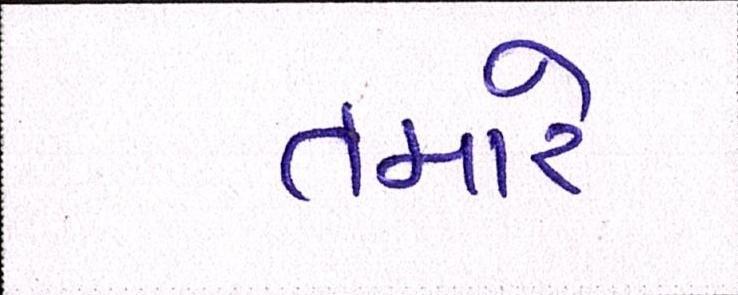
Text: તમારે